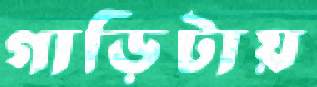
গাড়িটায়